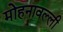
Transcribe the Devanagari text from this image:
मोहनावल्ली